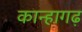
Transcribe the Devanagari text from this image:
कान्हागढ़